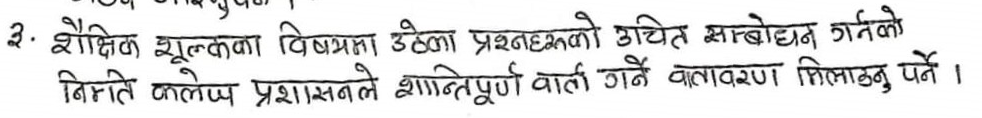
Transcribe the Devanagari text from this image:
३. शैक्षिक शूल्कका विषयमा उठेका प्रश्नहरूको उचित सम्बोधन गर्नको
निम्मत कलेप्प प्रशासनले शान्तिपूर्ण वार्ता गर्ने वातावरण मिलाठनु पर्ने ।